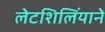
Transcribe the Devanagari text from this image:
लेटशिलिंयाने